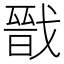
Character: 戩